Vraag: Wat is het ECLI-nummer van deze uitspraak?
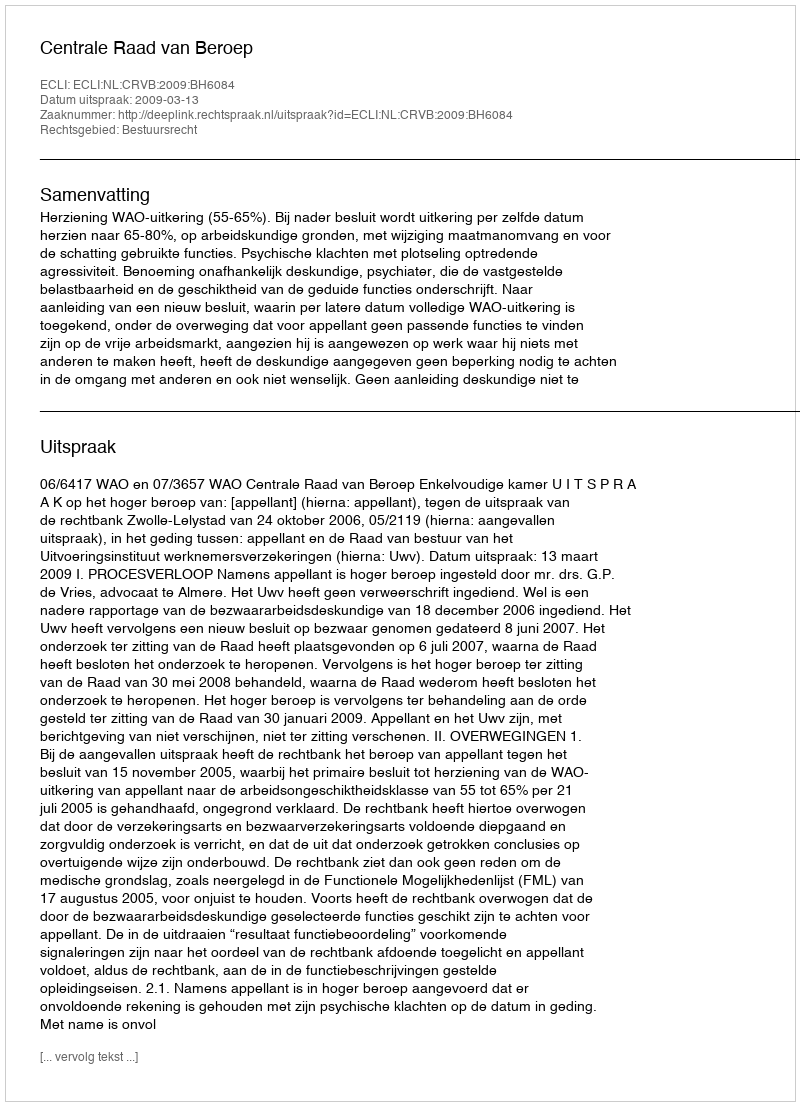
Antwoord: ECLI:NL:CRVB:2009:BH6084